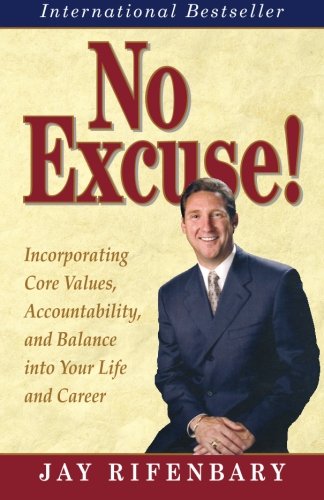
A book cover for No Excuse! Incorporating Core Values, Accountability, and Balance into Your Life and Career; Jay Rifenbary; Business & Money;